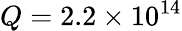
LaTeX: Q=2.2\times 10^{14}